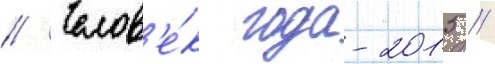
// Челов'е́к года-2015 //